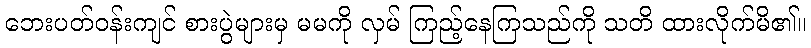
ဘေးပတ်ဝန်းကျင် စားပွဲများမှ မမကို လှမ် ကြည့်နေကြသည်ကို သတိ ထားလိုက်မိ၏။